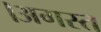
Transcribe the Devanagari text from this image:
।अगस्त